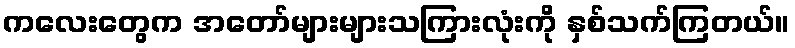
ကလေးတွေက အတော်များများသကြားလုံးကို နှစ်သက်ကြတယ်။